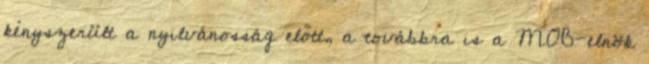
kényszerült a nyilvánosság előtt, a továbbra is a MOB-elnök